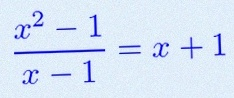
\frac{x^2-1}{x-1}=x+1